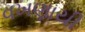
વખણાયી